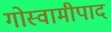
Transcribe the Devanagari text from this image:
गोस्वामीपाद